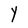
Character: Y